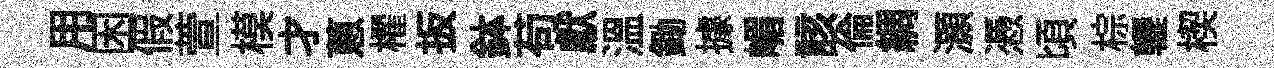
用困假萱模才蔥櫂扳鉢苟獻温鋤據嵋該倫綢灝慿頃棕轣楔